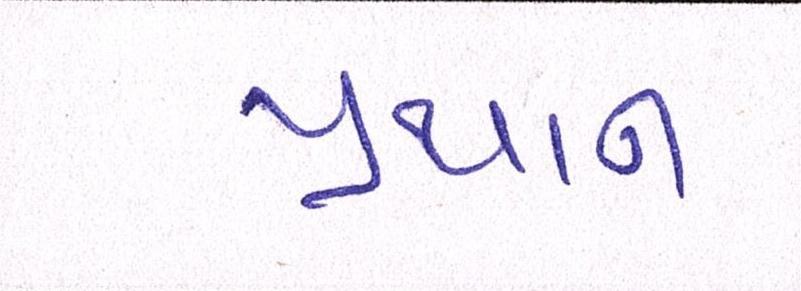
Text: પ્રથાન